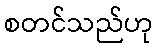
စတင်သည်ဟု